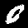
Label: 0